Report on vaccination in the Province of Bengal - 1869-1873
Year: 1869
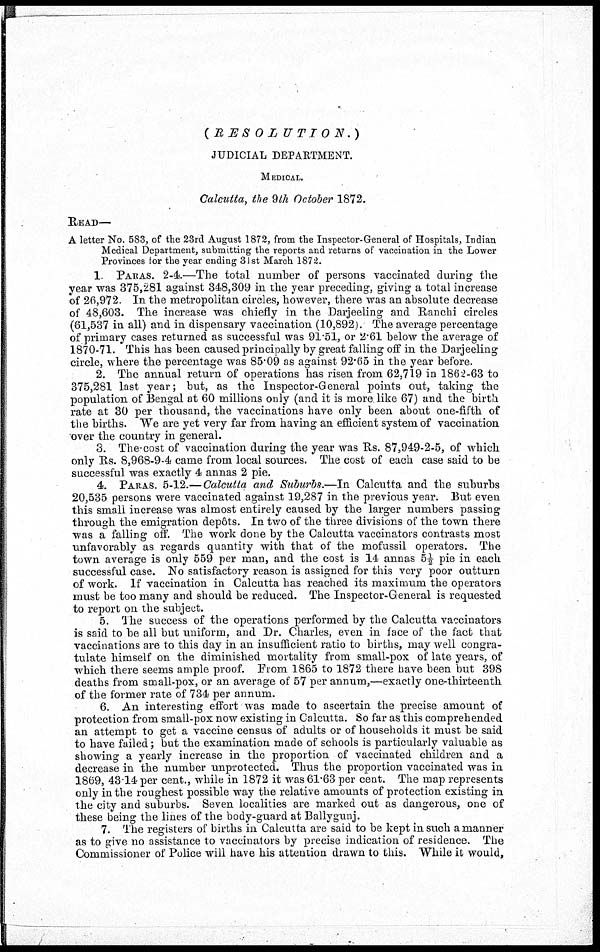
(
RESOLUTION.)
JUDICIAL DEPARTMENT.
MEDICAL.
Calcutta, the 9th October 1872.
READ—
A letter No. 583, of the 23rd August 1872, from the Inspector-General of Hospitals, Indian
Medical Department, submitting the reports and returns of vaccination in the Lower
Provinces for the year ending 31st March 1872.
1. PARAS. 2-4.—The total number of persons vaccinated during the
year was 375,281 against 348,309 in the year preceding, giving a total increase
of 26,972. In the metropolitan circles, however, there was an absolute decrease
of 48,603. The increase was chiefly in the Darjeeling and Ranchi circles
(61,537 in all) and in dispensary vaccination (10,892). The average percentage
of primary cases returned as successful was 91.51, or 2.61 below the average of
1870-71. This has been caused principally by great falling off in the Darjeeling
circle, where the percentage was 85.09 as against 92.65 in the year before.
2. The annual return of operations has risen from 62,719 in 1862-63 to
375,281 last year; but, as the Inspector-General points out, taking the
population of Bengal at 60 millions only (and it is more like 67) and the birth
rate at 30 per thousand, the vaccinations have only been about one-fifth of
the births. We are yet very far from having an efficient system of vaccination
over the country in general.
3. The cost of vaccination during the year was Us. 87,949-2-5, of which
only Rs. 8,968-9-4 came from local sources. The cost of each case said to be
successful was exactly 4 annas 2 pie.
4. PARAS 5-12.— Calcutta and Suburbs.—In Calcutta and the suburbs
20,535 persons were vaccinated against 19,287 in the previous year. But even
this small increase was almost entirely caused by the larger numbers passing
through the emigration depôts. In two of the three divisions of the town there
was a falling off. The work done by the Calcutta vaccinators contrasts most
unfavorably as regards quantity with that of the mofussil operators. The
town average is only 559 per man, and the cost is 14 annas 5½ pie in each
successful case. No satisfactory reason is assigned for this very poor outturn
of work. If vaccination in Calcutta has reached its maximum the operators
must be too many and should be reduced. The Inspector-General is requested
to report on the subject.
5. The success of the operations performed by the Calcutta vaccinators
is said to be all but uniform, and Dr. Charles, even in face of the fact that
vaccinations are to this day in an insufficient ratio to births, may well congra-
tulate himself on the diminished mortality from small-pox of late years, of
which there seems ample proof. From 1865 to 1872 there have been but 398
deaths from small-pox, or an average of 57 per annum,—exactly one-thirteenth
of the former rate of 734 per annum.
6. An interesting effort was made to ascertain the precise amount of
protection from small-pox now existing in Calcutta. So far as this comprehended
an attempt to get a vaccine census of adults or of households it must be said
to have failed; but the examination made of schools is particularly valuable as
showing a yearly increase in the proportion of vaccinated children and a
decrease in the number unprotected. Thus the proportion vaccinated was in
1869, 43.14 per cent., while in 1872 it was 61.63 per cent. The map represents
only in the roughest possible way the relative amounts of protection existing in
the city and suburbs. Seven localities are marked out as dangerous, one of
these being the lines of the body-guard at Ballygunj.
7. The registers of births in Calcutta are said to be kept in such a manner
as to give no assistance to vaccinators by precise indication of residence. The
Commissioner of Police will have his attention drawn to this. While it would,